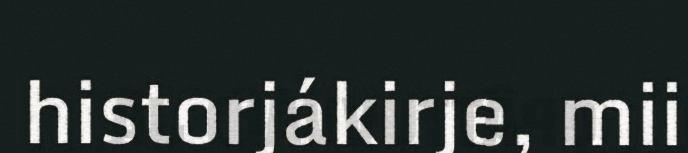
historjákirje, mii